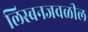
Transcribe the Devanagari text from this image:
लिस्बनजवळील